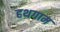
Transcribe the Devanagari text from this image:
हथगाम